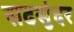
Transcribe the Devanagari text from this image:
सदसुंदर